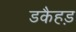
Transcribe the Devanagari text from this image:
डकैहड़